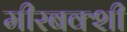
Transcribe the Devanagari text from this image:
मीरबक्शी